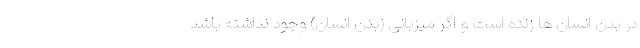
در بدن انسان ها زنده است و اگر میزبانی (بدن انسان) وجود نداشته باشد